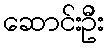
ဆောင်းဦး